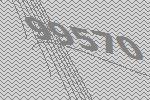
99570